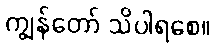
ကျွန်တော် သိပါရစေ။